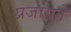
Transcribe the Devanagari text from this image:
प्रजायते